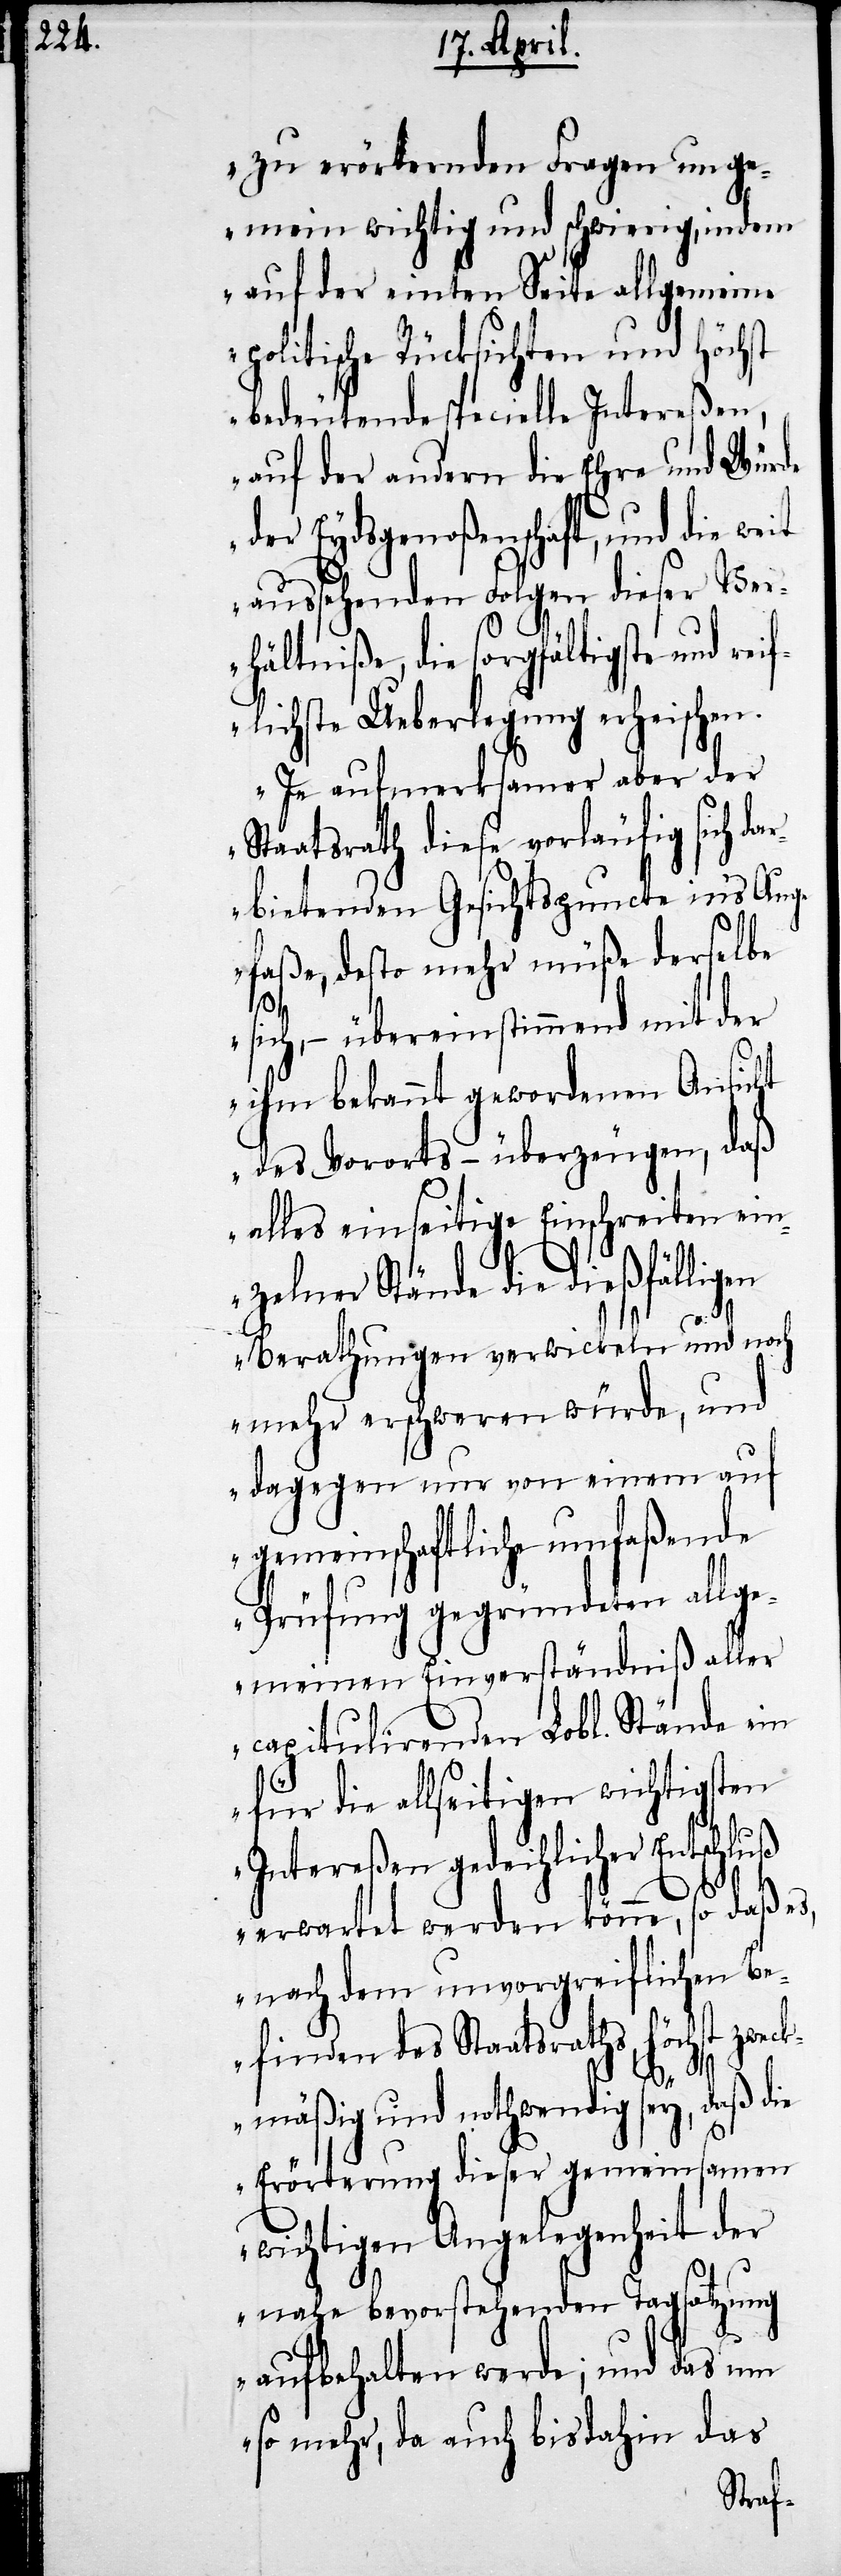
zu erörternden Fragen unge¬
mein wichtig und schwierig, indem
auf der einten Seite allgemeine
politische Rücksichten und höchst
bedeutende specielle Intereßen,
auf der andern die Ehre und Würde
der Eydsgenoßenschaft, und die weit
aussehenden Folgen dieser Ver¬
hältniße, die sorgfältigste und rei¬
flichste Ueberlegung erheischen.
Je aufmerksamer aber der
Staatsrath diese vorläufig sich da¬
rbietenden Gesichtspuncte ins Auge
faße, desto mehr müße derselbe
zwec¬
sich, – übereinstimmend mit der
ihm bekannt gewordenen Ansicht
des Vororts – überzeugen, daß
alles einseitige Einschreiten ein¬
zelner Stände die dießfälligen
Berathungen verwickeln und noch
mehr erschweren würde, und
dagegen nur von einem auf
gemeinschaftliche umfaßende
Prüfung gegründeten allge¬
meinen Einverständniß aller
capitulirenden Lobl. Stände ein
für die allseitigen wichtigsten
Intereßen gedeihlicher Entschluß
erwartet werden könne, so daß es,
nach dem unvorgreiflichen Be¬
finden des Staatsraths, höchst
kmäßig und nothwendig sey, daß die
Erörterung dieser gemeinsamen
wichtigen Angelegenheit der
nahe bevorstehenden Tagsatzung
aufbehalten werde; und das um
so mehr, da auch bis dahin das